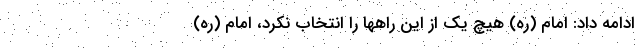
ادامه داد: امام (ره) هیچ یک از این راهها را انتخاب نکرد، امام (ره)